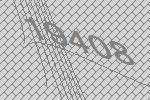
19408